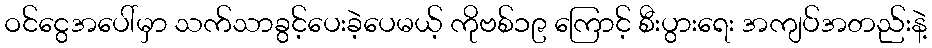
ဝင်ငွေအပေါ်မှာ သက်သာခွင့်ပေးခဲ့ပေမယ့် ကိုဗစ်၁၉ ကြောင့် စီးပွားရေး အကျပ်အတည်းနဲ့